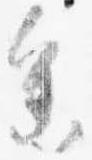
参